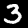
Label: 3